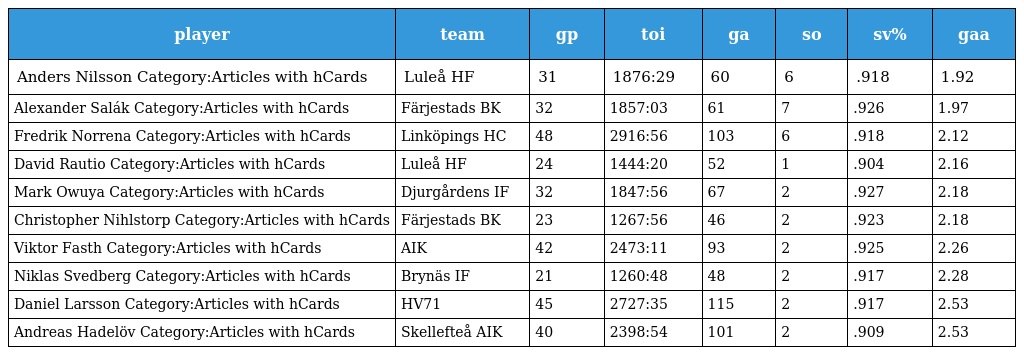
| player | team | gp | toi | ga | so | sv% | gaa |
 | --- | --- | --- | --- | --- | --- | --- | --- |
 | Anders Nilsson Category:Articles with hCards | Luleå HF | 31 | 1876:29 | 60 | 6 | .918 | 1.92 |
 | Alexander Salák Category:Articles with hCards | Färjestads BK | 32 | 1857:03 | 61 | 7 | .926 | 1.97 |
 | Fredrik Norrena Category:Articles with hCards | Linköpings HC | 48 | 2916:56 | 103 | 6 | .918 | 2.12 |
 | David Rautio Category:Articles with hCards | Luleå HF | 24 | 1444:20 | 52 | 1 | .904 | 2.16 |
 | Mark Owuya Category:Articles with hCards | Djurgårdens IF | 32 | 1847:56 | 67 | 2 | .927 | 2.18 |
 | Christopher Nihlstorp Category:Articles with hCards | Färjestads BK | 23 | 1267:56 | 46 | 2 | .923 | 2.18 |
 | Viktor Fasth Category:Articles with hCards | AIK | 42 | 2473:11 | 93 | 2 | .925 | 2.26 |
 | Niklas Svedberg Category:Articles with hCards | Brynäs IF | 21 | 1260:48 | 48 | 2 | .917 | 2.28 |
 | Daniel Larsson Category:Articles with hCards | HV71 | 45 | 2727:35 | 115 | 2 | .917 | 2.53 |
 | Andreas Hadelöv Category:Articles with hCards | Skellefteå AIK | 40 | 2398:54 | 101 | 2 | .909 | 2.53 |